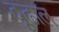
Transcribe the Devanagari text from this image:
बूढाल